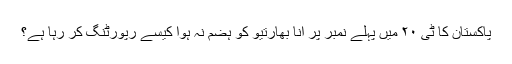
پاکستان کا ٹی ٢٠ میں پہلے نمبر پر آنا بھارتیو کو ہضم نہ ہوا کیسے رپورٹنگ کر رہا ہے؟